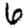
Digit: 6